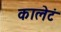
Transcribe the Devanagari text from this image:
कालेटं